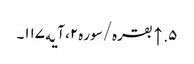
۵. ↑ بقره/سوره۲، آیه۱۱۷۔